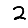
Digit: 2